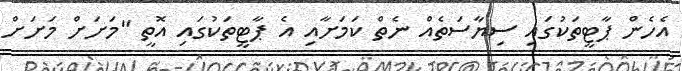
އެހެން ޕާޓީތަކުގައި ސިޔާސަތެއް ނެތް ކަމަށާއި އެ ޕާޓީތަކުގައި އޮތީ "މަށަށް މަށަށް